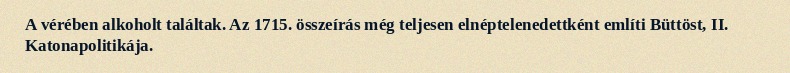
A vérében alkoholt találtak. Az 1715. összeírás még teljesen elnéptelenedettként említi Büttöst, II. Katonapolitikája.